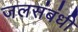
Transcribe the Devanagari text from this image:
जलसंबंधी